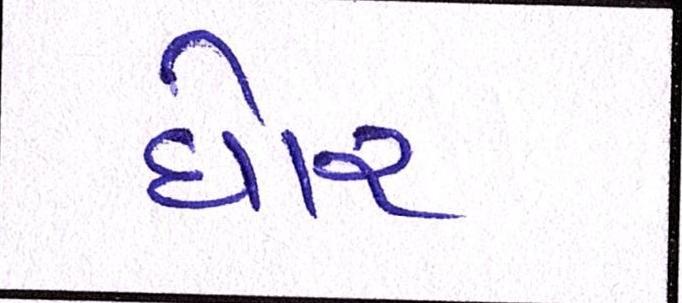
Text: ઘોર